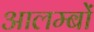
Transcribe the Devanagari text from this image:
आलम्बों